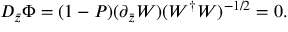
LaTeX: D _ { \bar { z } } \Phi = ( 1 - P ) ( \partial _ { \bar { z } } W ) ( W ^ { \dag } W ) ^ { - 1 / 2 } = 0 .